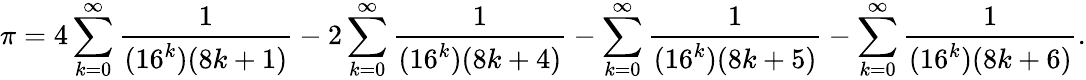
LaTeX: \pi=4\sum_{k=0}^{\infty}{\frac{1}{(16^{k})(8k+1)}}-2\sum_{k=0}^{\infty}{\frac{1}{(16^{k})(8k+4)}}-\sum_{k=0}^{\infty}{\frac{1}{(16^{k})(8k+5)}}-\sum_{k=0}^{\infty}{\frac{1}{(16^{k})(8k+6)}}.